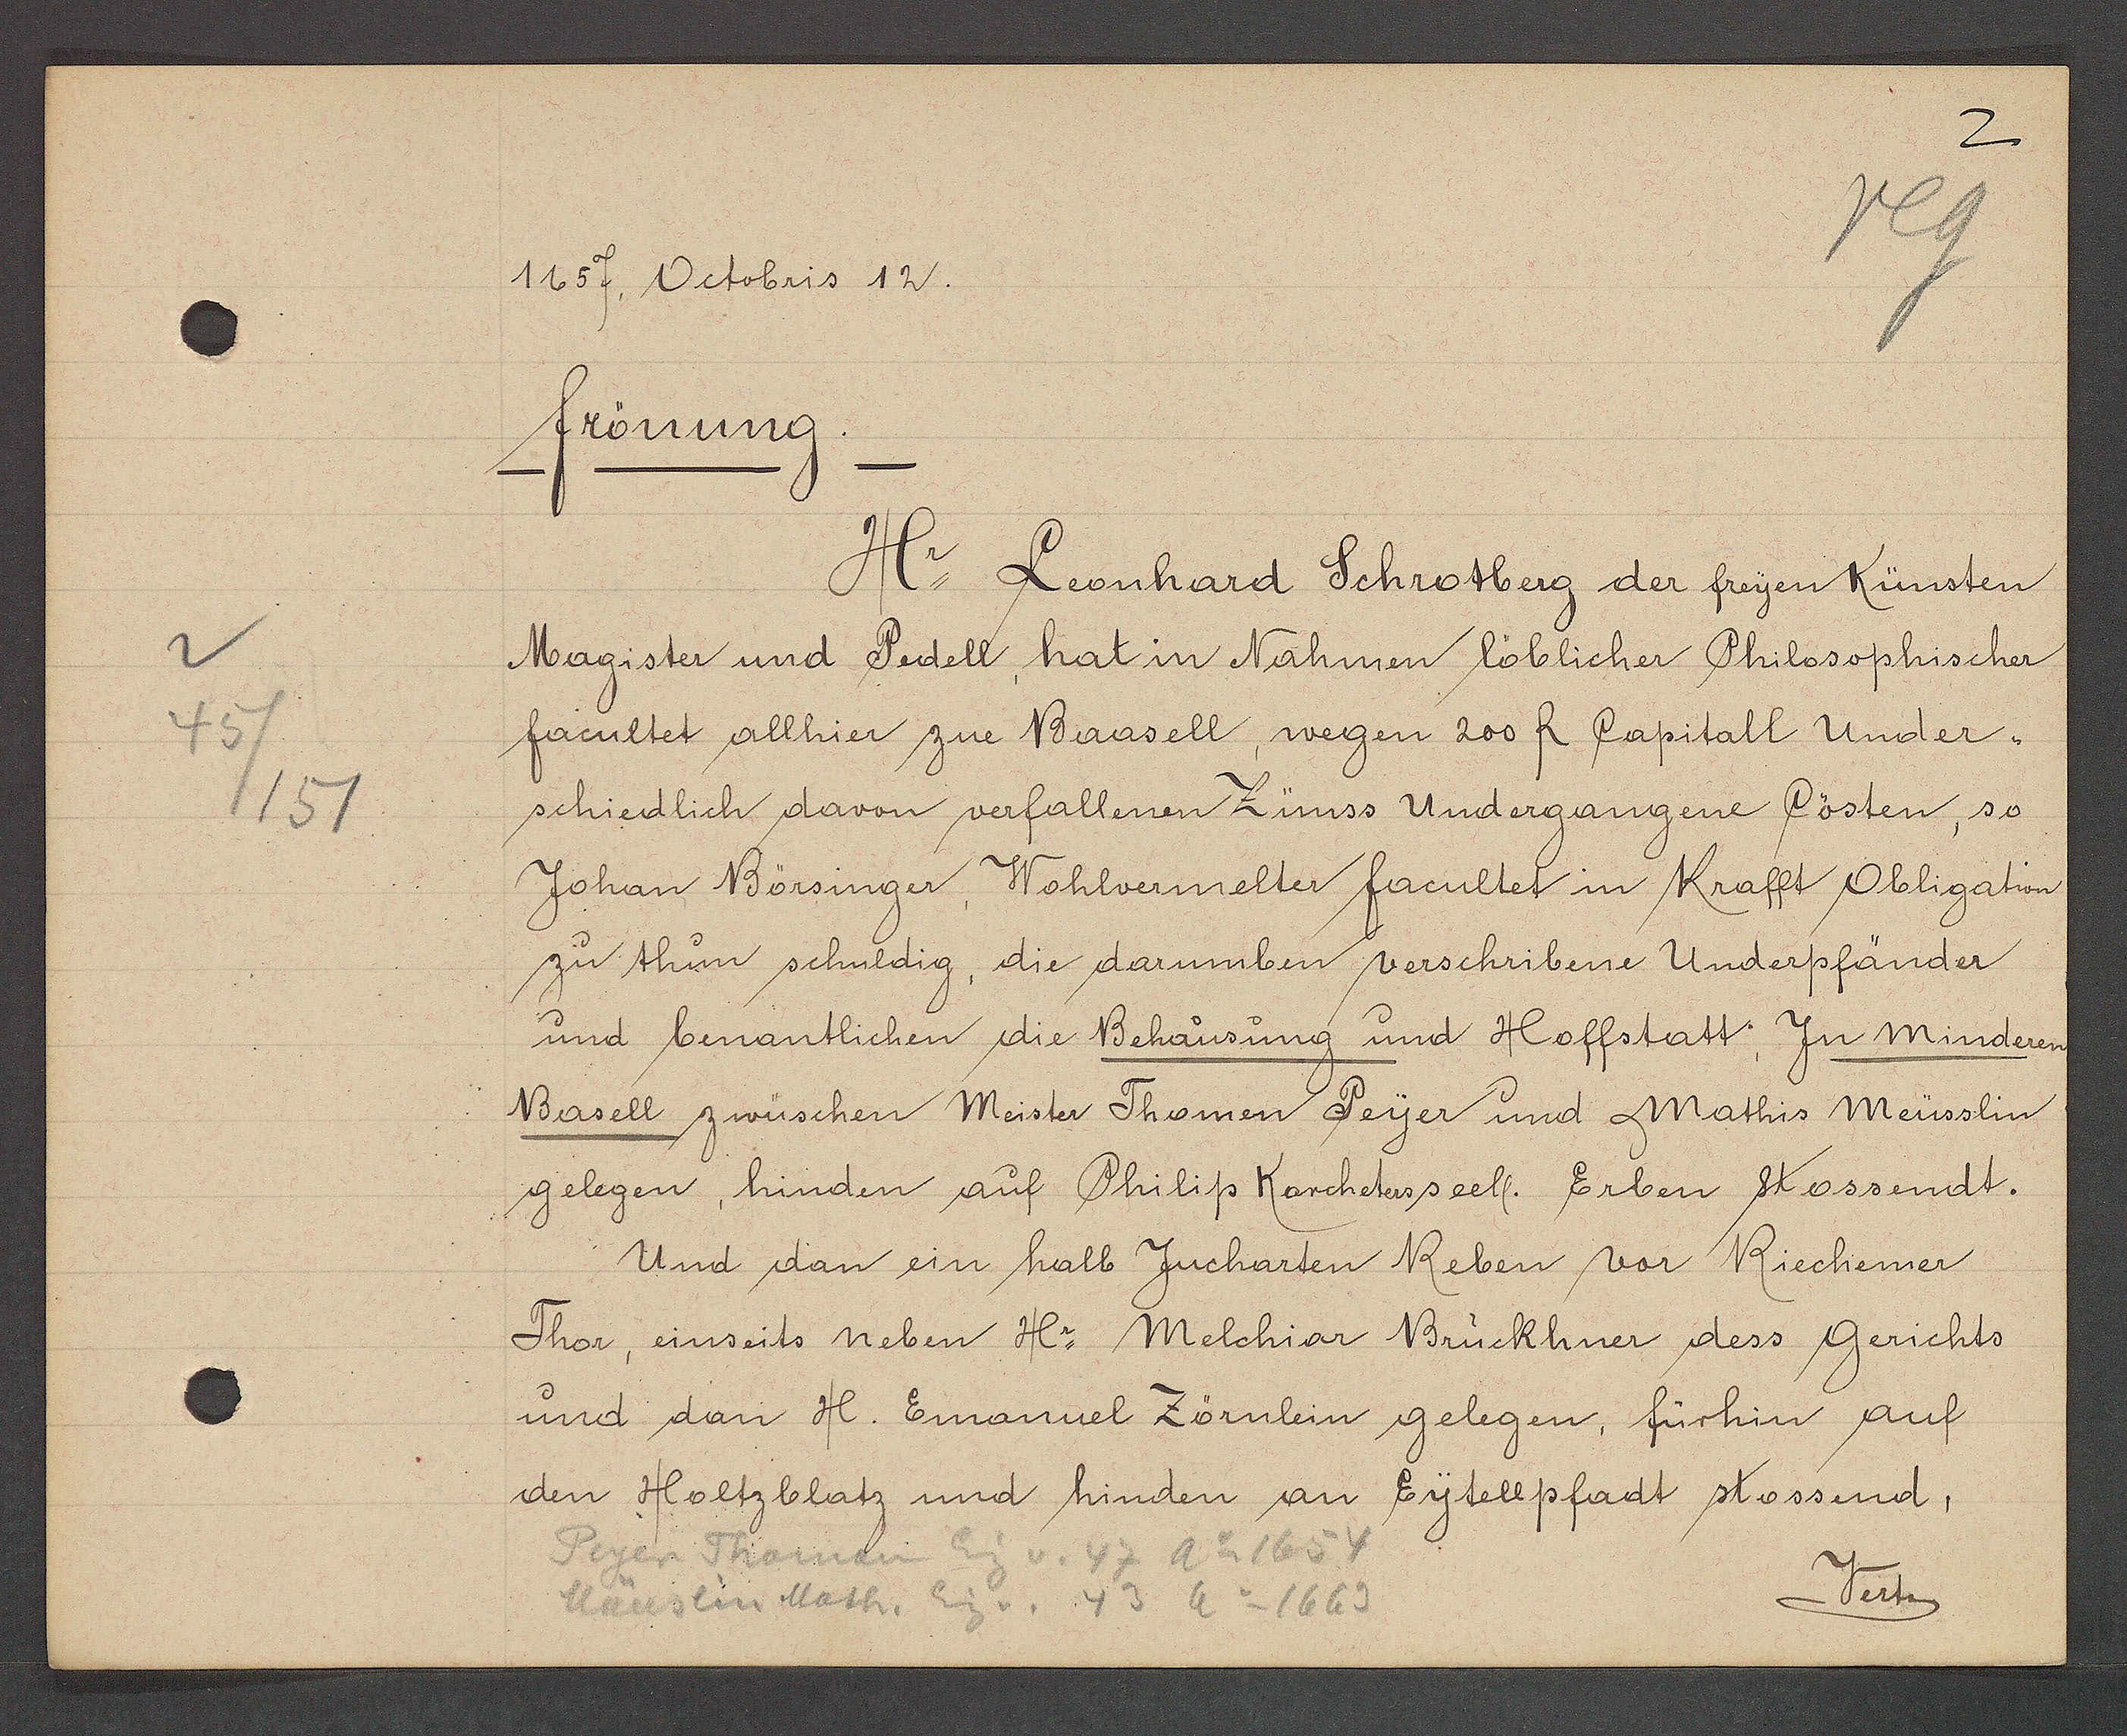
Transcript:
45
151

1657. Octobris 12.

frönunug.
Hr. Leonhard Schrotberg der freyen Künsten
Magister und Perdell hat inn Nahmen löblicher Philosophischer
facultet allhier zue Baasell, wegen 200 R Capitall under-
schiedlich davon verfallenen Zünss Undergangene Pösten, so
Johan Börsinger, Wohlvermelter facultet in Krafft Obligation
zu thun schuldg, die darumben verschribene Underpfänder
und benantlichen die Behausung und Hoffstatt zu minderen
Basell zwüschen Meister Thomen Peyer und Mathis Meüsslin
gelegen, hinden auf Philip Karcheters seell. Erben stossendt.
Und dan ein halb Jucharten Reben vor Riechemer
Thor, einseits neben Hr. Melchior Brückhner dess Gerichts
und dan H. Emanuel Zörnlein gelegen, fürhin auf
den Holtzblatz und hinden an Eytellpfadt stossend,

Peyer Thoman Eig v. 47 Ao 1654
Eig v.
Mäuslin Math.
43 Ao 1669